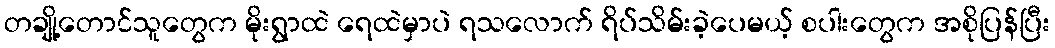
တချို့တောင်သူတွေက မိုးရွာထဲ ရေထဲမှာပဲ ရသလောက် ရိပ်သိမ်းခဲ့ပေမယ့် စပါးတွေက အစိုပြန်ပြီး